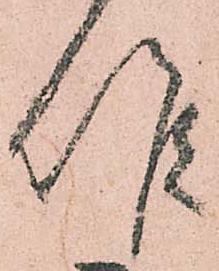
候